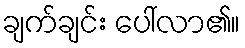
ချက်ချင်း ပေါ်လာ၏။